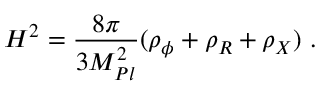
H ^ { 2 } = \frac { 8 \pi } { 3 M _ { P l } ^ { 2 } } ( \rho _ { \phi } + \rho _ { R } + \rho _ { X } ) \ .